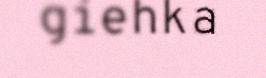
giehka